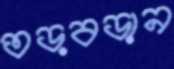
তড়বড়ান